Annual report of lunatic asylums [Bombay] - 1912-1922
Year: 1912
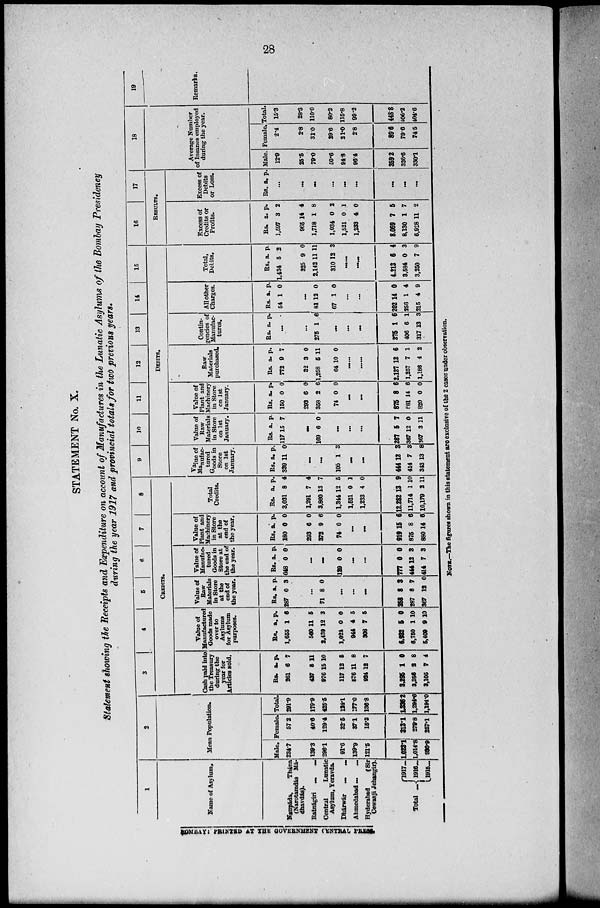
28
STATEMENT No. X.
Statement showing the Receipts and Expenditure on account of Manufactures in the Lunatic Asylums of the Bombay Presidency
during the year 1917 and provincial totals for two previous years.
1
BOMBAY PRINTED AT THE GOVERNMENT CENTRAL PRESS.
Name of Asylum.
Naupáda,
Thána
(Narotamdás Má-
dhavdás).
Ratnágiri...
...
Central
Lunatic
Asylum, Yeravda.
Dhárwár
...
...
Ahmedabad ... ...
Hyderabad
(Sir
Cowasji Jehangir).
Total ...
1917 ...
1916 ...
1915 ...
2
Mean Population.
Male.
234.7
139.3
296.1
91.6
139.9
121.5
1,023.1
1,014.8
966.9
Female.
57.2
40.6
129.4
32.5
37.1
15.2
313.1
279.8
257.1
Total.
291.9
179.9
425.5
124.1
177.0
136.8
1,336.2
1,294.6
1,194.0
3
4
5
6
7
8
CREDITS.
Cash paid into
the Treasury
during the
year for
Articles sold.
Rs.
261
437
976
117
576
924
3,295
3,356
3,105
a.
6
5
15
12
11
12
1
2
7
p.
7
11
10
5
8
7
0
8
4
Value of
Manufacturer
Goods made
over to
Asylums
for Asylum
purposes.
Rs.
1.655
560
2,439
1,024
944
308
6,232
6,750
5,409
a.
1
11
12
0
4
7
5
1
9
p.
6
5
3
0
5
5
0
10
10
Value of
Raw
Materials
in Store
at the
end of
the year.
Rs
287
a.
0
p.
3
...
71 8 0
...
...
...
358
287
367
8
8
12
3
7
0
Value of
Manufac
tured
Goods in
Store at
the end of
the year.
Rs
648
a.
0
p.
0
...
...
129 0 0
...
...
777
444
414
0
12
7
0
3
3
Value of
Plant and
Machinery
in Store
at the
end of
the year.
Rs
180
293
372
74
a.
0
6
9
0
p.
0
0
6
0
...
...
919
875
880
15
8
14
6
6
6
Total
Credits.
Rs.
3,031
1,291
3,860
1,344
1,521
1,233
12,282
11,714
10,179
a.
8
7
13
12
0
4
13
1
2
p.
4
4
7
5
1
0
9
10
11
9
10
11
12
13
14
15
DEBITS.
Value of
Manufac-
tured
Goods in
Store
on 1st
January.
Rs.
339
a.
11
p.
0
...
...
105 1 3
...
...
444
414
343
12
7
13
3
3
8
Value of
Raw
Materials
in Store
on 1st
January.
Rs.
117
a.
15
p.
7
...
169 6 0
...
...
...
287
367
367
5
12
3
7
0
11
Value of
Plant and
Machinery
in Store
on 1st
January.
Rs.
150
293
358
74
a.
0
6
2
0
p.
0
0
6
0
...
...
875
881
820
8
14
0
6
6
0
Raw
Materials
purchased.
Rs.
772
32
1,258
64
a.
9
3
5
10
p.
7
0
11
0
......
......
2,127
1,257
1,186
12
7
4
6
1
2
Contin-
gencies of
Manufac-
tures.
Rs. a.
p.
...
...
275 1 6
...
...
...
275
406
317
1
6
13
6
1
3
All other
Charges.
Rs.
54
a.
1
p.
0
...
81
67
12
1
0
0
...
...
202
256
215
14
1
4
0
4
9
Total,
Debits.
Rs.
1,434
325
2,142
310
a.
5
9
11
12
p.
2
0
11
3
......
......
4.213
3,584
3,250
6
0
7
4
3
9
16
17
RESULTS.
Excess of
Credits or
Profits.
Rs.
1,597
965
1.718
1,034
1,521
1,233
8.069
8,130
6,928
a.
3
14
1
0
0
4
7
1
11
p.
2
4
8
2
1
0
5
7
2
Excess of
Debits
or Loss.
Rs. a. p.
...
...
...
...
...
...
...
...
...
18
Average Number
of Insanes employed
during the year.
Male.
12.9
25.5
79.0
50.6
94.8
96.4
359.2
326.6
330.1
Female.
2.4
2.8
310
29.6
21.0
2.8
89.6
79.6
74.5
Total.
15.3
28.3
110.0
80.2
115.8
99.2
448.8
406.2
404.6
19
Remarks.
NOTE.—The figures shown in this statement are exclusive of the 2 cases under observation.